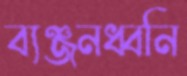
ব্যঞ্জনধ্বনি